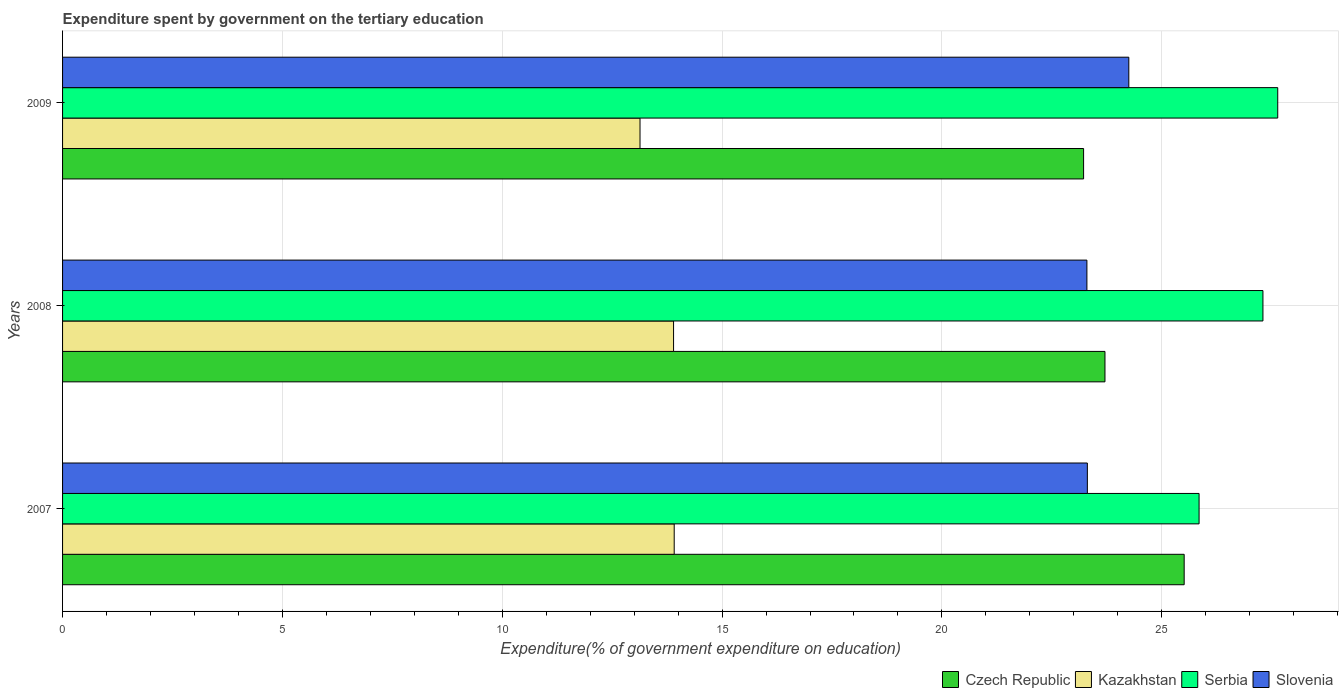
| Years | Czech Republic | Kazakhstan | Serbia | Slovenia |
 | --- | --- | --- | --- | --- |
 | 2007 | 25.5 | 13.9 | 25.8 | 23.3 |
 | 2008 | 23.7 | 13.9 | 27.3 | 23.3 |
 | 2009 | 23.2 | 13.1 | 27.6 | 24.3 |